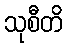
သုစီတိ